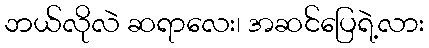
ဘယ်လိုလဲ ဆရာလေး၊ အဆင်ပြေရဲ့လား